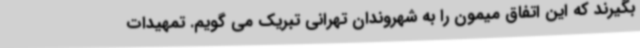
بگیرند که این اتفاق میمون را به شهروندان تهرانی تبریک می گویم. تمهیدات